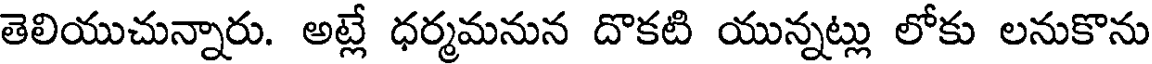
తెలియుచున్నారు. అట్లే ధర్మమనున దొకటి యున్నట్లు లోకు లనుకొను